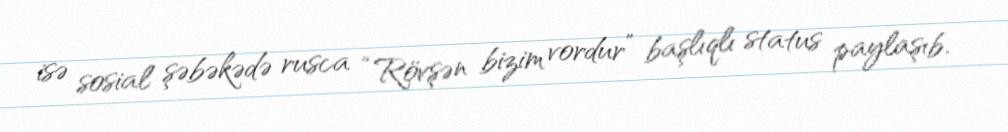
isə sosial şəbəkədə rusca “Rövşən bizim vordur” başlıqlı status paylaşıb.